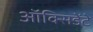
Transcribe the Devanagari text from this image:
ऑक्सिडेंटे